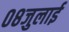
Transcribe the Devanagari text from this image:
०८जुलाई